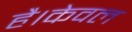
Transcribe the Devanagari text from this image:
है।केवल